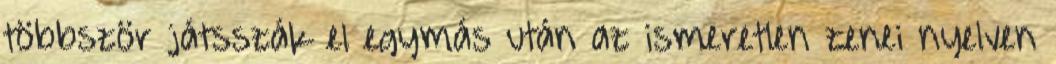
többször játsszák el egymás után az ismeretlen zenei nyelven